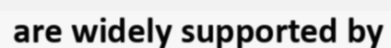
are widely supported by